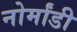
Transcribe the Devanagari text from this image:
नोर्मांडी